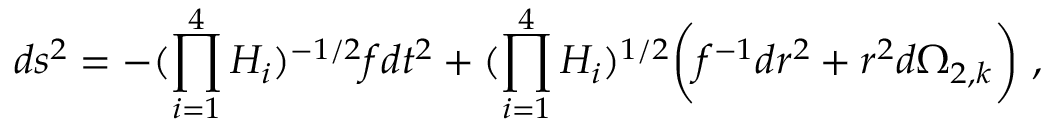
d s ^ { 2 } = - { ( \prod _ { i = 1 } ^ { 4 } H _ { i } ) ^ { - 1 / 2 } } f d t ^ { 2 } + ( \prod _ { i = 1 } ^ { 4 } H _ { i } ) ^ { 1 / 2 } \bigg ( f ^ { - 1 } { d r ^ { 2 } } + r ^ { 2 } d \Omega _ { 2 , k } \bigg ) \ ,